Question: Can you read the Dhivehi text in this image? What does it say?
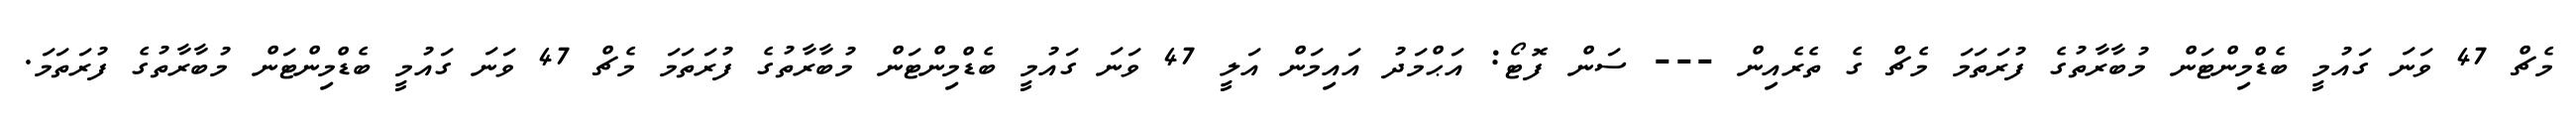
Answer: މެޗް 47 ވަނަ ގައުމީ ބެޑްމިންޓަން މުބާރާތުގެ ފުރަތަމަ މެޗް ގެ ތެރެއިން --- ސަން ފޮޓޯ: އަޙްމަދު އައިމަން އަލީ 47 ވަނަ ގައުމީ ބެޑްމިންޓަން މުބާރާތުގެ ފުރަތަމަ މެޗް 47 ވަނަ ގައުމީ ބެޑްމިންޓަން މުބާރާތުގެ ފުރަތަމަ.